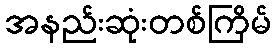
အနည်းဆုံးတစ်ကြိမ်